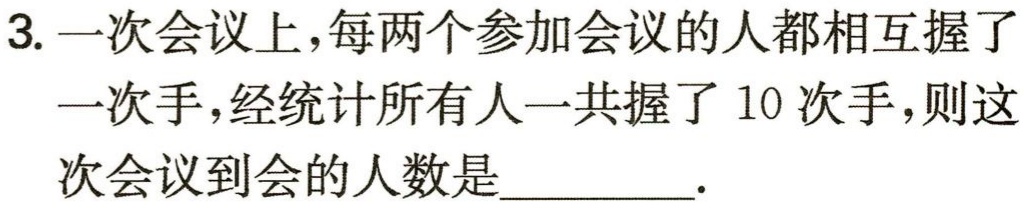
3. 一次会议上，每两个参加会议的人都相互握了一次手，经统计所有人一共握了 10 次手，则这次会议到会的人数是_________.